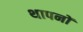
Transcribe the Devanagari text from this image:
थापनों